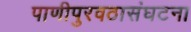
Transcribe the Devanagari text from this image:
पाणीपुरवठासंघटना